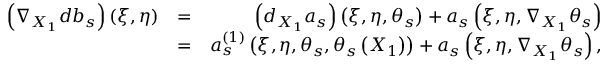
\begin{array} { r l r } { \left( \nabla _ { X _ { 1 } } d b _ { s } \right) \left( \xi , \eta \right) } & { = } & { \left( d _ { X _ { 1 } } a _ { s } \right) \left( \xi , \eta , \theta _ { s } \right) + a _ { s } \left( \xi , \eta , \nabla _ { X _ { 1 } } \theta _ { s } \right) } \\ & { = } & { a _ { s } ^ { \left( 1 \right) } \left( \xi , \eta , \theta _ { s } , \theta _ { s } \left( X _ { 1 } \right) \right) + a _ { s } \left( \xi , \eta , \nabla _ { X _ { 1 } } \theta _ { s } \right) , } \end{array}